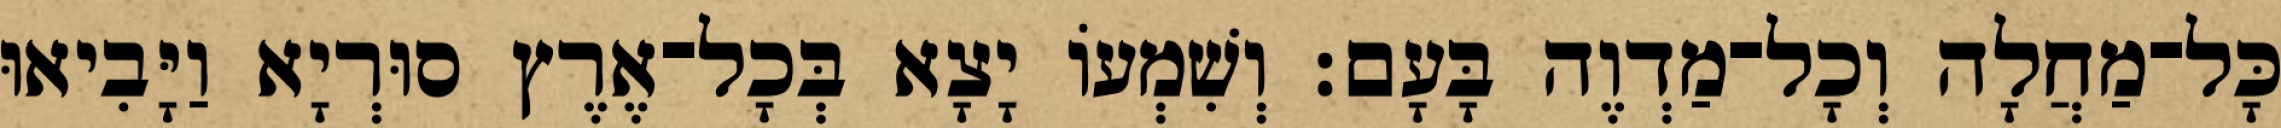
כָּל־מַחֲלָה וְכָל־מַדְוֶה בָּעָם׃ וְשִׁמְעוֹ יָצָא בְּכָל־אֶרֶץ סוּרְיָא וַיָּבִיאוּ